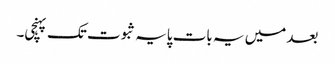
بعد میں یہ بات پایہ ثبوت تک پہنچی۔